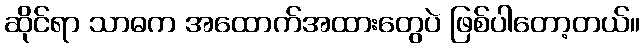
ဆိုင်ရာ သာဓက အထောက်အထားတွေပဲ ဖြစ်ပါတော့တယ်။